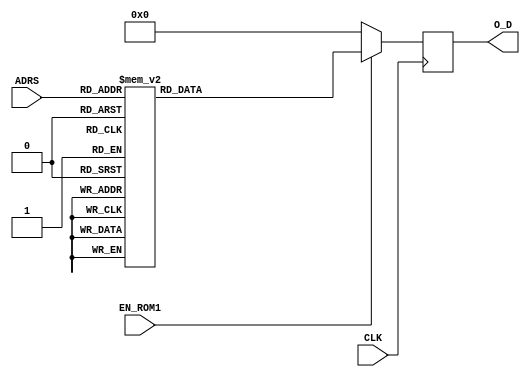
module LUT_Z_2#(parameter P = 32, parameter D = 5) ( 
input wire CLK, 
input wire EN_ROM1,
input wire [D-1:0] ADRS,
output reg [P-1:0] O_D
);
always @(posedge CLK)
      if (EN_ROM1)
         case (ADRS)
            5'b00000: O_D <= 32'b11000000010001111001000001010111;
            5'b00001: O_D <= 32'b11000000001100010101001000001000;
            5'b00010: O_D <= 32'b11000000000110110000001110010101;
            5'b00011: O_D <= 32'b11000000000001001001010010001111;
            5'b00100: O_D <= 32'b10111111110110111100011001110010;
            5'b00101: O_D <= 32'b10111111101011010101000010110010;
            5'b00110: O_D <= 32'b10111111011110010001001110010101;
            5'b00111: O_D <= 32'b10111111000011001001111101010100;
            5'b01000: O_D <= 32'b10111110100000101100010101111000;
            5'b01001: O_D <= 32'b10111110000000001010110001001001;
            5'b01010: O_D <= 32'b10111101100000000010101011000100;
            5'b01011: O_D <= 32'b10111101100000000010101011000100;
            5'b01100: O_D <= 32'b10111101000000000000101010101100;
            5'b01101: O_D <= 32'b10111100100000000000001010101010;
            5'b01110: O_D <= 32'b10111100000000000000000010101100;
            5'b01111: O_D <= 32'b10111100000000000000000010101100;
            5'b10000: O_D <= 32'b10111011100000000000000000101011;
            5'b10001: O_D <= 32'b10111011000000000000000000001011;
            5'b10010: O_D <= 32'b10111010100000000000000000000011;
            5'b10011: O_D <= 32'b10111010000000000000000000000011;
            5'b10100: O_D <= 32'b10111010000000000000000000000011;
            5'b10101: O_D <= 32'b10111001100000000000000000000000;
            5'b10110: O_D <= 32'b10111001000000000000000000000000;
            5'b10111: O_D <= 32'b10111000011111111111111111111110;
            5'b11000: O_D <= 32'b10111000011111111111111111111110;
            5'b11001: O_D <= 32'b10110111111111111111111111111100;
            5'b11010: O_D <= 32'b10110111011111111111111111110110;
            5'b11011: O_D <= 32'b10110111011111111111111111110110;
            5'b11100: O_D <= 32'b10110110111111111111111111110110;
            5'b11101: O_D <= 32'b10110110011111111111111111100000;
            5'b11110: O_D <= 32'b10110110011111111111111111100000;
            5'b11111: O_D <= 32'b10110101111111111111111110110100;
            default:  O_D <= 32'b00000000000000000000000000000000;
         endcase	 
        else
            O_D <= 32'b00000000000000000000000000000000;
endmodule